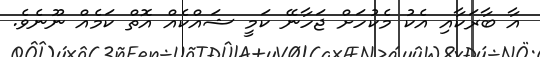
އާ ބާރަކާއި އެކު މެކުހަށް ޖަހާނޭ ކަމީ ޝައްކެއް އޮތް ކަމެއް ނޫނެވެ.